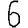
Digit: 6